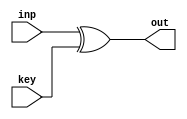
module add_round_key(inp,key,out);
	input [127:0] inp;
	input [127:0] key;
	output [127:0] out;
	
	assign out = inp ^ key;
	
endmodule